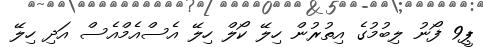
ޕީ9 ފޯނު ލިބުމުގެ އިތުރުން ހިލޭ ކޯލް ހިލޭ އެސްއެމްއެސް އަދި ހިލޭ